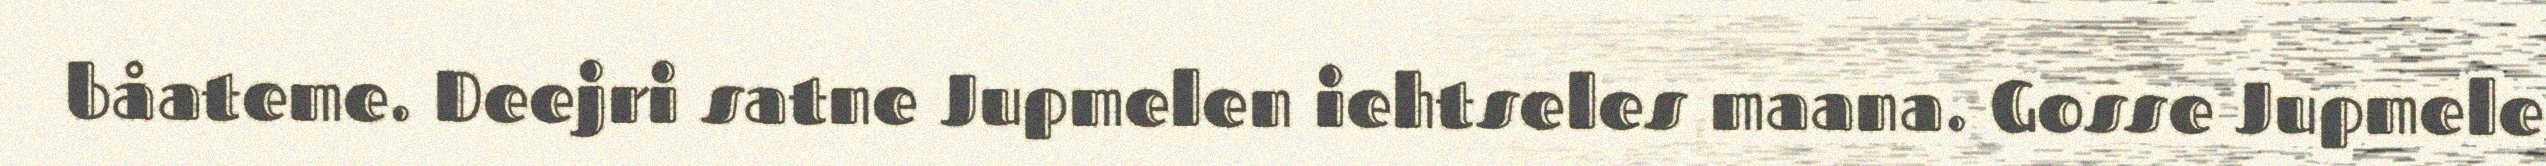
båateme. Deejri satne Jupmelen iehtseles maana. Gosse Jupmele